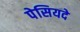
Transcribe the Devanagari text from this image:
पेसियदे